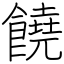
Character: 饒